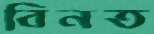
বিনত